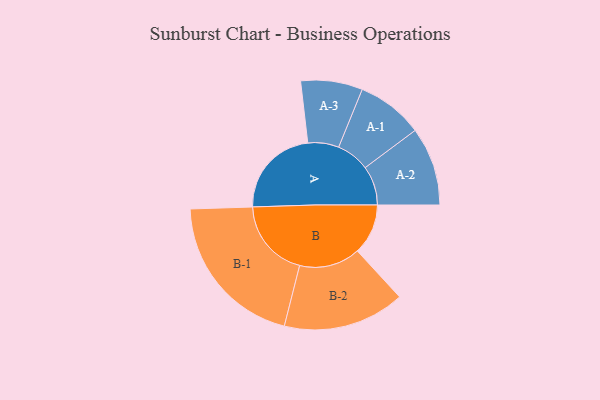
{"axis": {"x": "Segment", "y": "Value"}, "legend": ["", "A", "B"], "data": [{"x": "A", "y": 304, "type": ""}, {"x": "B", "y": 169, "type": ""}, {"x": "A-1", "y": 111, "type": "A"}, {"x": "A-2", "y": 131, "type": "A"}, {"x": "A-3", "y": 103, "type": "A"}, {"x": "B-1", "y": 264, "type": "B"}, {"x": "B-2", "y": 203, "type": "B"}]}